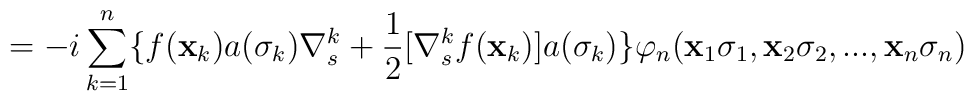
= -i\sum_{k = 1}^{n}\{ f({\bf{x}}_{k})a(\sigma_{k})\nabla^{k}_{s} + \frac{1}{2}[\nabla^{k}_{s}f({\bf{x}}_{k})]a(\sigma_{k}) \} \varphi_{n}({\bf{x}}_{1}\sigma_{1}, {\bf{x}}_{2}\sigma_{2}, ... , {\bf{x}}_{n}\sigma_{n})